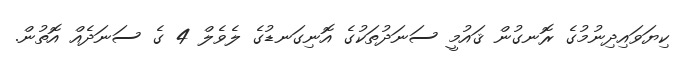
ކިޔަވައިދިނުމުގެ ރޮނގުން ޤައުމީ ސަނަދުތަކުގެ އޮނިގަނޑުގެ ލެވެލް 4 ގެ ސަނަދެއް އޮތުން.